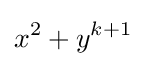
x^{2}+y^{k+1}